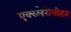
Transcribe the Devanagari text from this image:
एक्स्लेरोमीटर